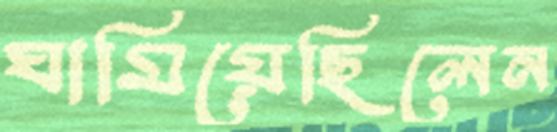
ঘামিয়েছিলেন